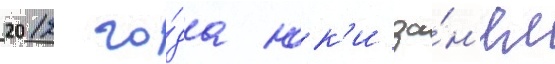
2012 го́да юк'и за́н'ял